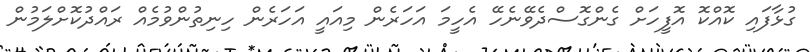
ގުޅާފައި ކޮއްކޮ އޮފީހަށް ގެންގޮސްދެވޭނެހޭ އެހީމަ އަހަރެން މިއައީ އަހަރެން ހިނިތުންވުމެއް ރައްދުކޮށްލަމުން